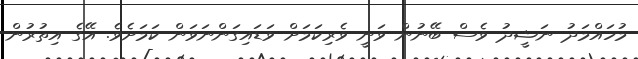
މުހައްމަދު ނަޝީދު ވެސް ބޭނުން ވަނީ ވެރިކަމަށް ވަޑައިގަންނަވަން ކަމަށެވެ. އޭގެ އިތުރުން